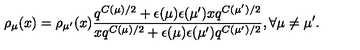
\rho _ { \mu } ( x ) = \rho _ { \mu ^ { \prime } } ( x ) \frac { q ^ { C ( \mu ) / 2 } + \epsilon ( \mu ) \epsilon ( \mu ^ { \prime } ) x q ^ { C ( \mu ^ { \prime } ) / 2 } } { x q ^ { C ( \mu ) / 2 } + \epsilon ( \mu ) \epsilon ( \mu ^ { \prime } ) q ^ { C ( \mu ^ { \prime } ) / 2 } } , \forall \mu \neq \mu ^ { \prime } .